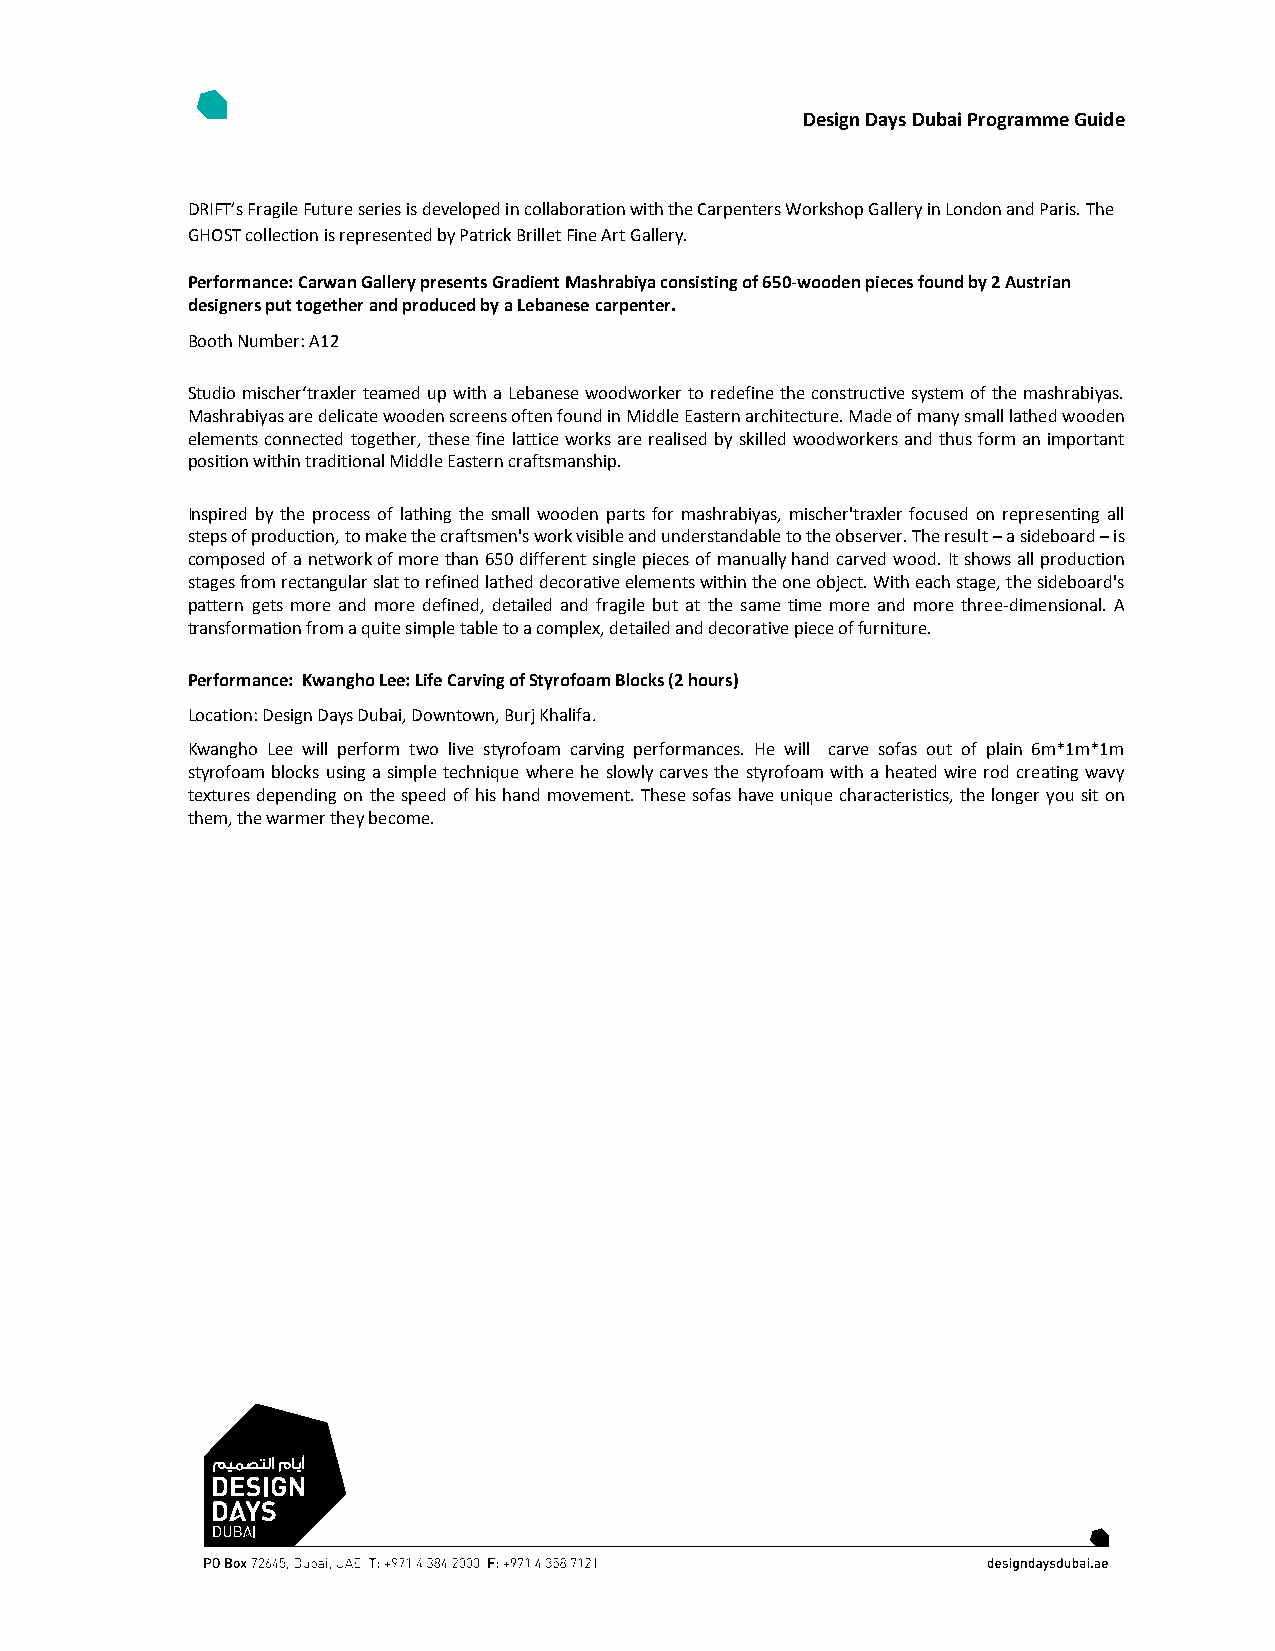
Design Days Dubai Programme Guide
 DRIFT’s Fragile Future series is developed in collaboration with the Carpenters Workshop Gallery in London and Paris. The
 GHOST collection is represented by Patrick Brillet Fine Art Gallery.
 Performance: Carwan Gallery presents Gradient Mashrabiya consisting of 650-wooden pieces found by 2 Austrian
 designers put together and produced by a Lebanese carpenter.
 Booth Number: A12
 Studio mischer‘traxler teamed up with a Lebanese woodworker to redefine the constructive system of the mashrabiyas.
 Mashrabiyas are delicate wooden screens often found in Middle Eastern architecture. Made of many small lathed wooden
 elements connected together, these fine lattice works are realised by skilled woodworkers and thus form an important
 position within traditional Middle Eastern craftsmanship.
 Inspired by the process of lathing the small wooden parts for mashrabiyas, mischer'traxler focused on representing all
 steps of production, to make the craftsmen's work visible and understandable to the observer. The result – a sideboard – is
 composed of a network of more than 650 different single pieces of manually hand carved wood. It shows all production
 stages from rectangular slat to refined lathed decorative elements within the one object. With each stage, the sideboard's
 pattern gets more and more defined, detailed and fragile but at the same time more and more three-dimensional. A
 transformation from a quite simple table to a complex, detailed and decorative piece of furniture.
 Performance: Kwangho Lee: Life Carving of Styrofoam Blocks (2 hours)
 Location: Design Days Dubai, Downtown, Burj Khalifa.
 Kwangho Lee will perform two live styrofoam carving performances. He will carve sofas out of plain 6m*1m*1m
 styrofoam blocks using a simple technique where he slowly carves the styrofoam with a heated wire rod creating wavy
 textures depending on the speed of his hand movement. These sofas have unique characteristics, the longer you sit on
 them, the warmer they become.